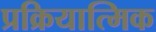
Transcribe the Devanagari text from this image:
प्रक्रियात्मिक